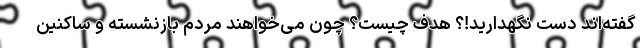
گفته‌اند دست نگهدارید!؟ هدف چیست؟ چون می‌خواهند مردم بازنشسته و ساکنین